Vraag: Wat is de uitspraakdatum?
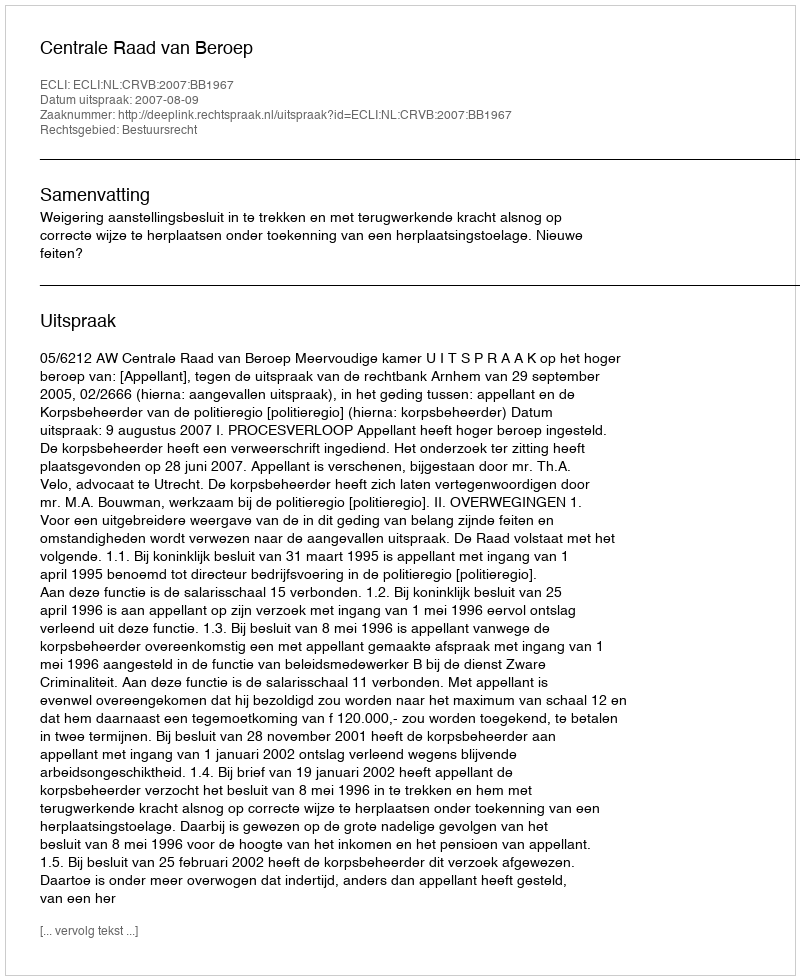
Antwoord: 2007-08-09